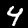
Digit: 4